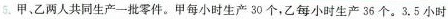
5. 甲、乙两人共同生产一批零件。甲每小时生产30个，乙每小时生产36个。3.5小时